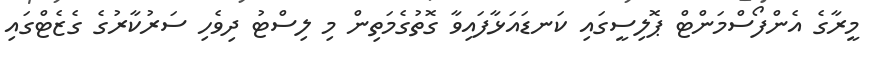
މީރާގެ އެންފޯސްމަންޓް ޕޮލިސީގައި ކަނޑައަޅާފައިވާ ގޮތުގެމަތިން މި ލިސްޓު ދިވެހި ސަރުކާރުގެ ގެޒެޓްގައި